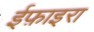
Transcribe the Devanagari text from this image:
ईफ़ाइरा